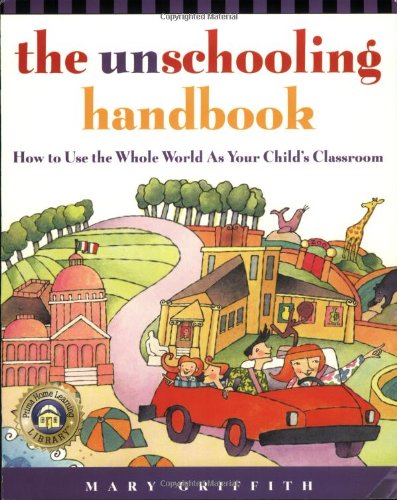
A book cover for The Unschooling Handbook : How to Use the Whole World As Your Child's Classroom; Mary Griffith; Parenting & Relationships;